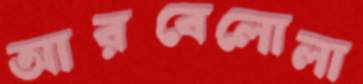
আরবেলোলা